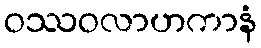
ဝဿဝလာဟကာနံ